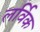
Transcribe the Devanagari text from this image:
लर्विक